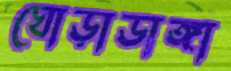
ঘোড়াডাঙ্গা